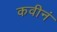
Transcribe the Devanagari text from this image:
कवीनं